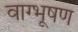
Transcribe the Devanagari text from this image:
वाग्भूषण